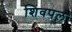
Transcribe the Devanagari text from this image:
शिवपल